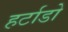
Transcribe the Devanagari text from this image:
हर्टाडो